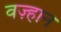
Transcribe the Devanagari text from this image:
वज़्हान